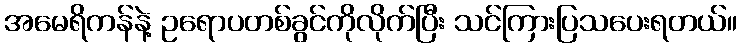
အမေရိကန်နဲ့ ဥရောပတစ်ခွင်ကိုလိုက်ပြီး သင်ကြားပြသပေးရတယ်။